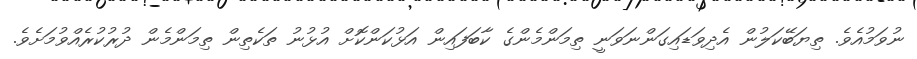
ނުވަމުއެވެ. ތިޔަބޭކަލުން އެދިވަޑައިގަންނަވަނީ ތިމަންމެންގެ ކާބަފައިން އަޅުކަންކޮށް އުޅުނު ތަކެތިން ތިމަންމެން ދުރުކުރެއްވުމަށެވެ.